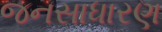
જનસાધારણ